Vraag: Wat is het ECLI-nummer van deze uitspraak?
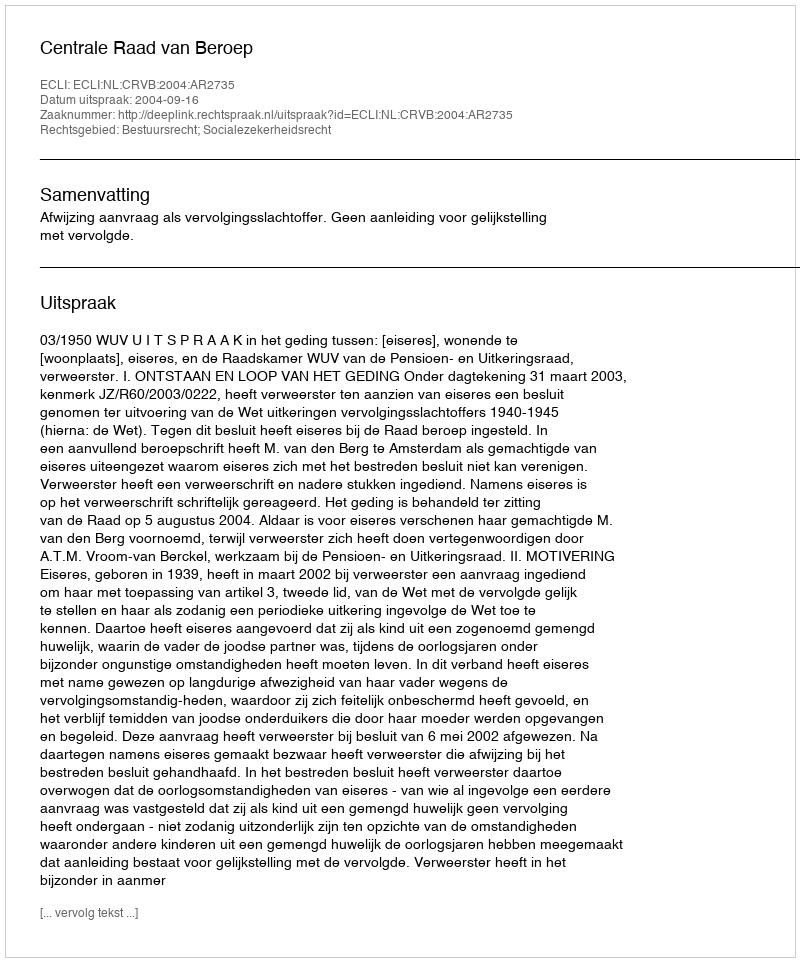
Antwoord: ECLI:NL:CRVB:2004:AR2735